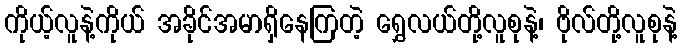
ကိုယ့်လူနဲ့ကိုယ် အခိုင်အမာရှိနေကြတဲ့ ရွှေလယ်တို့လူစုနဲ့၊ ဗိုလ်တို့လူစုနဲ့